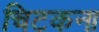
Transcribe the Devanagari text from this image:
चिटकना